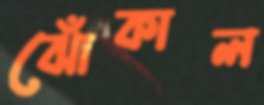
ঝোঁকাল